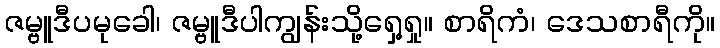
ဇမ္ဗူဒီပမုခေါ၊ ဇမ္ဗူဒီပါကျွန်းသို့ရှေ့ရှု။ စာရိကံ၊ ဒေသစာရီကို။